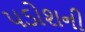
પડોશની